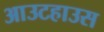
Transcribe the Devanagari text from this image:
आउटहाउस